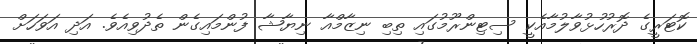
ކޮޓަރީގެ ދޮރުހުޅުވާލުމާއެކީ ސިޓިންރޫމުގައި ތިބި ނިޒާމްއާ ނިޔާޝާ ފުންމައިގެން ތެދުވިއެވެ. އަދި އަވަހަށް